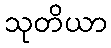
သုတိယာ